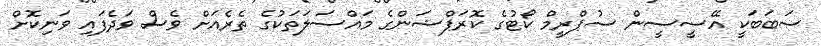
ސަބަބަކީ އޭސީސީން ސުޕްރީމް ކޯޓުގެ ކޮރަޕްޝަންގެ މައްސަލަތަކުގެ ތެރެއަށް ވެސް ވަދެފައި ވަނިކޮށް